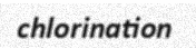
chlorination